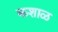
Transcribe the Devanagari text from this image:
कशाळ